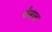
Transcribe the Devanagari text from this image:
धँसाव